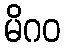
မိဂဝ